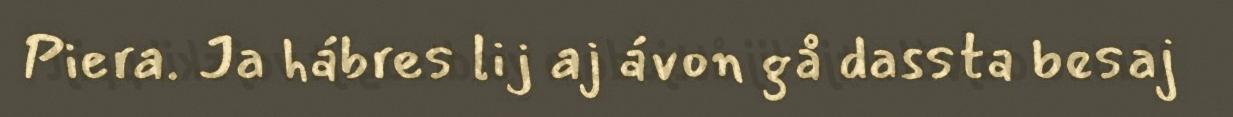
Piera. Ja hábres lij aj ávon gå dassta besaj